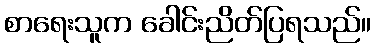
စာရေးသူက ခေါင်းညိတ်ပြရသည်။